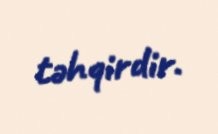
təhqirdir.